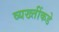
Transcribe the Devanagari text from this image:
व्यख्तींकडे